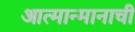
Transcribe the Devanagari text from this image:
आत्मान्मानाची